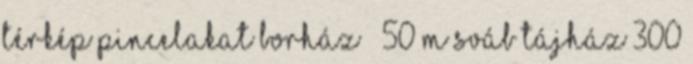
Térkép Pincelakat Borház ‹ 50 m Sváb Tájház 300